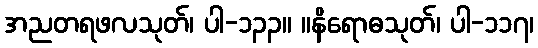
အညတရဖလသုတ်၊ ပါ-၁၃၃။ ။နိရောဓသုတ်၊ ပါ-၁၁၇၊